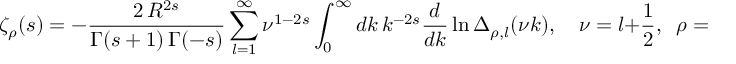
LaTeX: \zeta _ { \rho } ( s ) = - \frac { 2 \, R ^ { 2 s } } { \Gamma ( s + 1 ) \, \Gamma ( - s ) } \sum _ { l = 1 } ^ { \infty } \nu ^ { 1 - 2 s } \int _ { 0 } ^ { \infty } d k \, k ^ { - 2 s } \frac { d } { d k } \ln \Delta _ { \rho , l } ( \nu k ) , \quad \nu = l + \frac { 1 } { 2 } , \; \; \rho = \pm 1